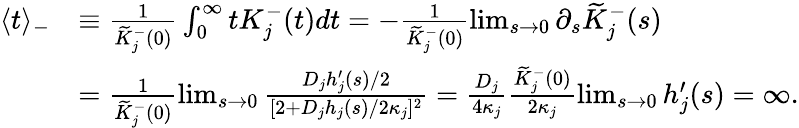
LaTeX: \begin{array}{rl}{\langle t\rangle_{-}}&{\equiv\frac{1}{\widetilde{K}_{j}^{-}(0)}\int_{0}^{\infty}tK_{j}^{-}(t)dt=-\frac{1}{\widetilde{K}_{j}^{-}(0)}\operatorname*{lim}_{s\rightarrow 0}\partial_{s}\widetilde{K}_{j}^{-}(s)}\\ &{=\frac{1}{\widetilde{K}_{j}^{-}(0)}\operatorname*{lim}_{s\rightarrow 0}\frac{D_{j}h_{j}^{\prime}(s)/2}{[2+D_{j}h_{j}(s)/2\kappa_{j}]^{2}}=\frac{D_{j}}{4\kappa_{j}}\frac{\widetilde{K}_{j}^{-}(0)}{2\kappa_{j}}\operatorname*{lim}_{s\rightarrow 0}h_{j}^{\prime}(s)=\infty.}\end{array}